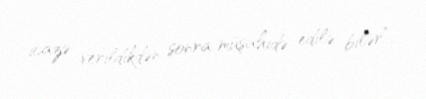
icazə verildikdən sonra müşahidə edilə bilər”.